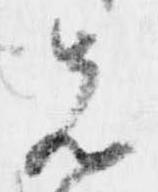
先